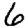
Digit: 6